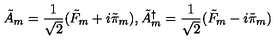
\tilde { A } _ { m } = \frac { 1 } { \sqrt 2 } ( \tilde { F } _ { m } + i \tilde { \pi } _ { m } ) , \tilde { A } _ { m } ^ { \dagger } = \frac { 1 } { \sqrt 2 } ( \tilde { F } _ { m } - i \tilde { \pi } _ { m } )